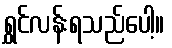
ရွှင်လန်းရသည်ပေါ့။